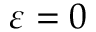
\varepsilon = 0